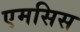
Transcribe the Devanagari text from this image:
एमसिस